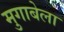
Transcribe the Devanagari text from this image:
मुगाबेला